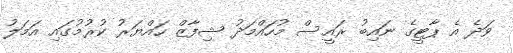
ވަދެ އެ ޕާޓީގެ ނައިބު ރައީސް މުހައްމަދު ޝިފާޒް ހައްޔަރު ކުރުމުގައި އަމަލު